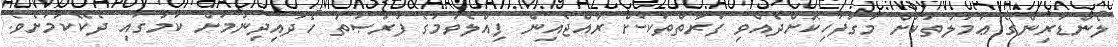
ލޯންޑަރިންގެ ޢަމަލުތަކަށް މަގުފަހިކޮށްދެއްވި ފަރާތްތަކަށް ރާއްޖެއިން ފިއްލެވުމުގެ ފުރުޞަތު ހޯދައިދިނުމަށް ކަމުގައި ދެކޭކަމަށެވެ.